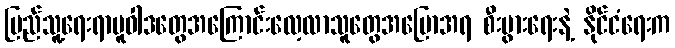
ပြည်သူ့ရေးရာမူဝါဒတွေအကြောင်းလေ့လာသူတွေအပြောအရ စီးပွားရေးနဲ့ နိုင်ငံရေးက